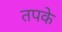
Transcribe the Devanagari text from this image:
तपके